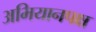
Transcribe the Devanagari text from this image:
अभियानपक्ष